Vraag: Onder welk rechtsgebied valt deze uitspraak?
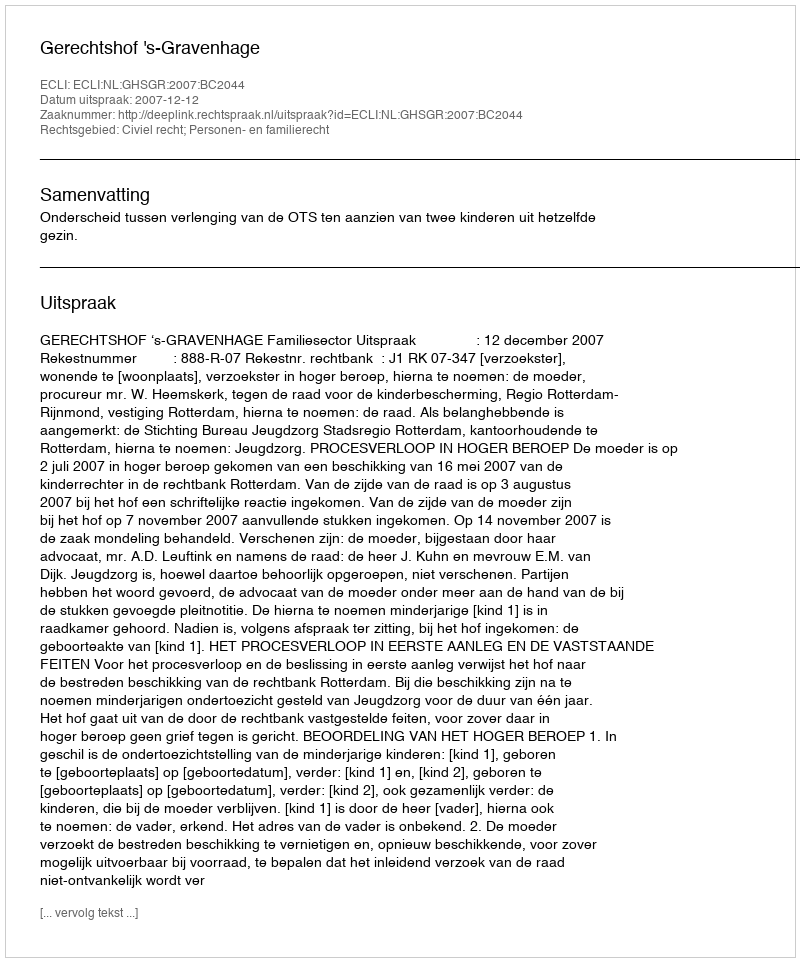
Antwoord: Civiel recht; Personen- en familierecht